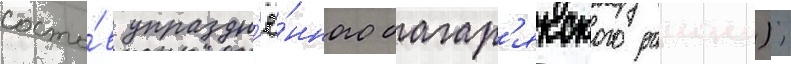
соста́в упраздн'ё́нного багар'якского раиона);